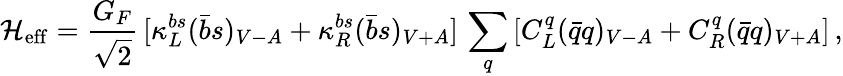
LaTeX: {\cal H}_{\mathrm{eff}}=\frac{G_{F}}{\sqrt 2}\, [\kappa_{L}^{bs}(\bar{b}s)_{V-A}+\kappa_{R}^{bs}(\bar{b}s)_{V+A}]\, \sum_{q}\, [C_{L}^{q}(\bar{q}q)_{V-A}+C_{R}^{q}(\bar{q}q)_{V+A}]\, ,